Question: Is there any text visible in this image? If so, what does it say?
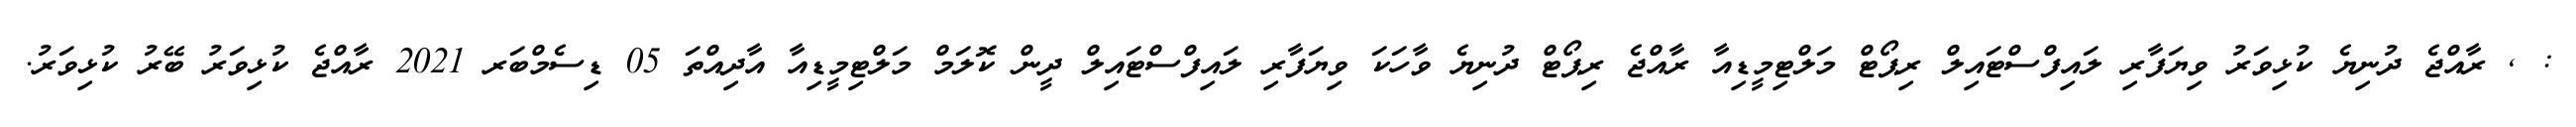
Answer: : , ރާއްޖެ ދުނިޔެ ކުޅިވަރު ވިޔަފާރި ލައިފްސްޓައިލް ރިޕޯޓް މަލްޓިމީޑިއާ ރާއްޖެ ރިޕޯޓް ދުނިޔެ ވާހަކަ ވިޔަފާރި ލައިފްސްޓައިލް ދީން ކޮލަމް މަލްޓިމީޑިއާ އާދިއްތަ 05 ޑިސެމްބަރ 2021 ރާއްޖެ ކުޅިވަރު ބޭރު ކުޅިވަރު.